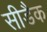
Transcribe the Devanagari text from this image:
सीडैक